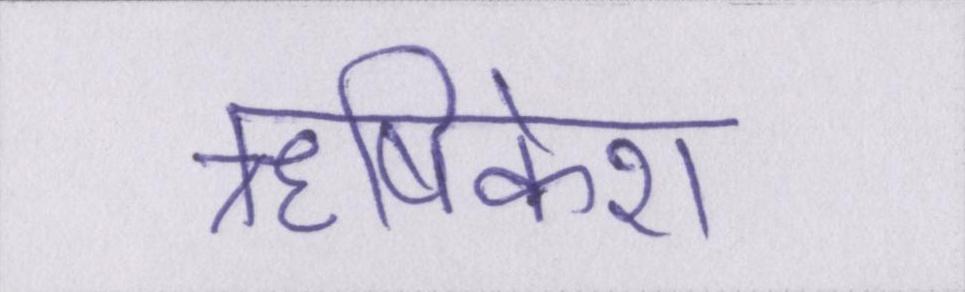
ॠषिकेश